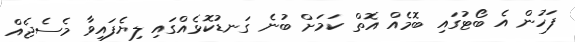
ފަހުން އެ ބޯޓުގައި ބޮމެއް އޮތް ކަމަށް ބުނެ ގަނޑުކޮޅެއްގައި ލިޔެފައިވާ މެސެޖެއް